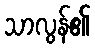
သာလွန်၏